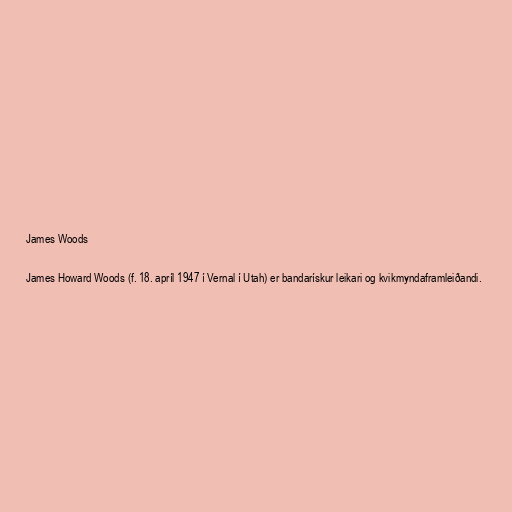
James Woods

James Howard Woods (f. 18. apríl 1947 í Vernal í Utah) er bandarískur leikari og kvikmyndaframleiðandi.